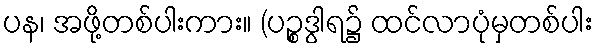
ပန၊ အဖို့တစ်ပါးကား။ (ပဉ္စဒွါရ၌ ထင်လာပုံမှတစ်ပါး